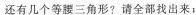
还有几个等腰三角形?请全部找出来：